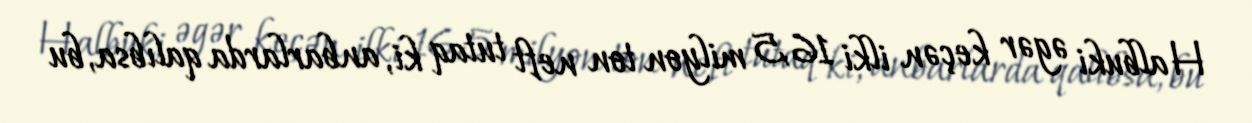
Halbuki əgər keçən ilki 16,5 milyon ton neft tutaq ki, anbarlarda qalıbsa, bu